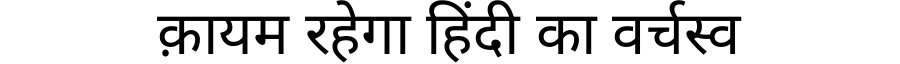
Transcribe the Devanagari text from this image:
क़ायम रहेगा हिंदी का वर्चस्व